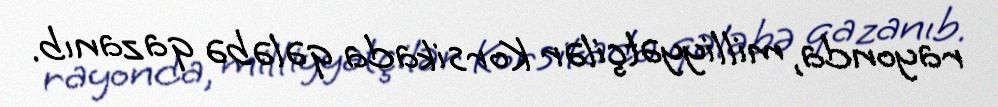
rayonda, milliyyətçilər Korsikada qələbə qazanıb.